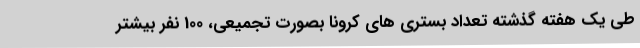
طی یک هفته گذشته تعداد بستری های کرونا بصورت تجمیعی، 100 نفر بیشتر